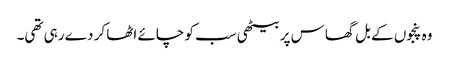
وہ پنجوں کے بل گھاس پر بیٹھی سب کو چائے اٹھا کر دے رہی تھی۔